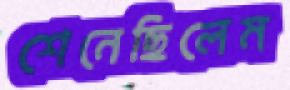
শেনেছিলেম